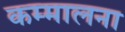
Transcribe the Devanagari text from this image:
कम्मालना